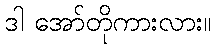
ဒါ အော်တိုကားလား။